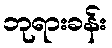
ဘုရားခန်း